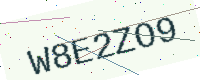
Text: W8E2ZO9